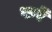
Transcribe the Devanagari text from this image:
फर्रे